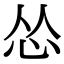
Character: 怂